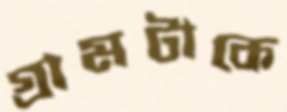
গ্রামটাকে